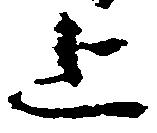
上